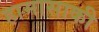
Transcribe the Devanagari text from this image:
हामासाकी